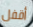
أقفل